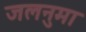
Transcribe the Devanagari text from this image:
जलनुमा